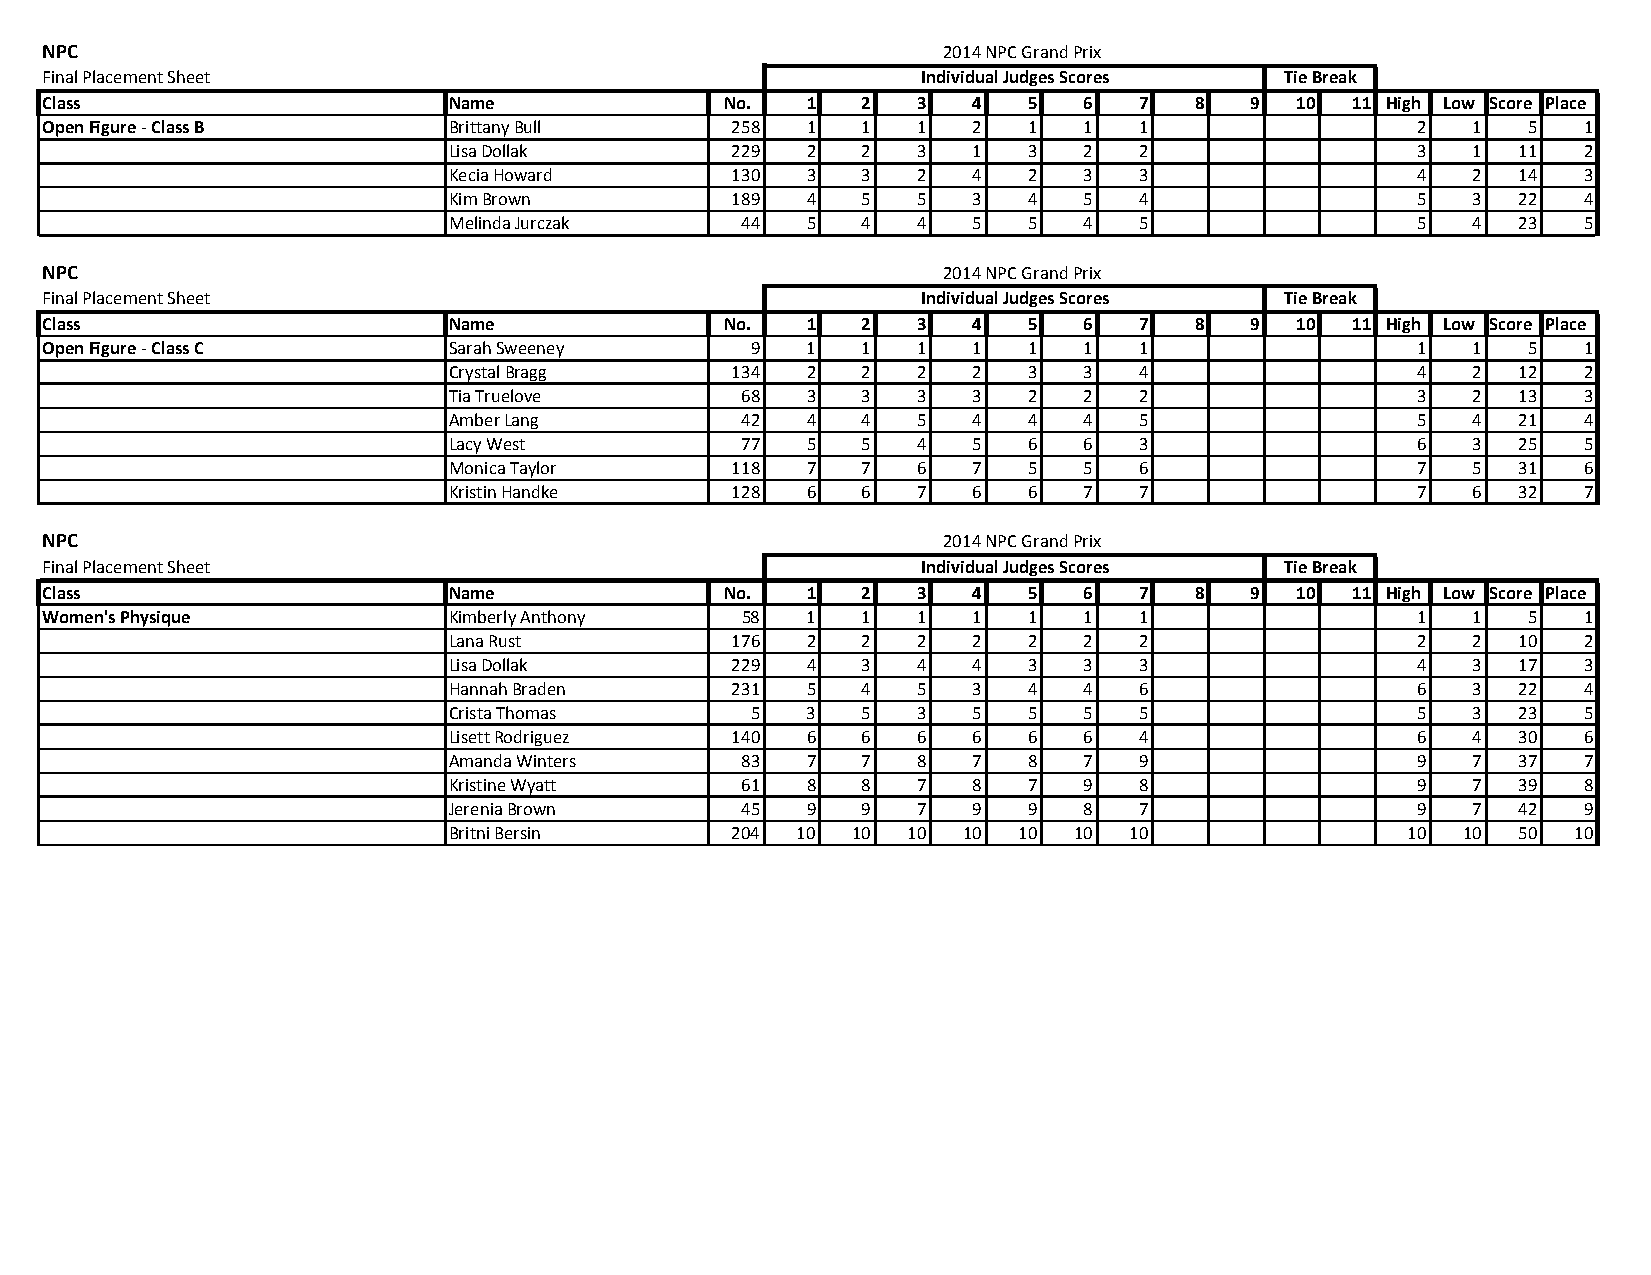
NPC                                                        2014 NPC Grand Prix
 Final Placement Sheet                                     Individual Judges Scores Tie Break
 Class                      Name              No.  1   2   3  4   5   6  7   8   9  10 11 High Low Score Place
 Open Figure ‐ Class B      Brittany Bull     258  1   1   1  2   1   1  1                  2  1   5   1
 Lisa Dollak       229  2   2   3  1   3   2  2                  3  1   11  2
 Kecia Howard      130  3   3   2  4   2   3  3                  4  2   14  3
 Kim Brown         189  4   5   5  3   4   5  4                  5  3   22  4
 Melinda Jurczak    44  5   4   4  5   5   4  5                  5  4   23  5
 NPC                                                        2014 NPC Grand Prix
 Final Placement Sheet                                     Individual Judges Scores Tie Break
 Class                      Name              No.  1   2   3  4   5   6  7   8   9  10 11 High Low Score Place
 Open Figure ‐ Class C      Sarah Sweeney       9  1   1   1  1   1   1  1                  1  1   5   1
 Crystal Bragg     134  2   2   2  2   3   3  4                  4  2   12  2
 Tia Truelove       68  3   3   3  3   2   2  2                  3  2   13  3
 Amber Lang         42  4   4   5  4   4   4  5                  5  4   21  4
 Lacy West          77  5   5   4  5   6   6  3                  6  3   25  5
 Monica Taylor     118  7   7   6  7   5   5  6                  7  5   31  6
 Kristin Handke    128  6   6   7  6   6   7  7                  7  6   32  7
 NPC                                                        2014 NPC Grand Prix
 Final Placement Sheet                                     Individual Judges Scores Tie Break
 Class                      Name              No.  1   2   3  4   5   6  7   8   9  10 11 High Low Score Place
 Women's Physique           Kimberly Anthony   58  1   1   1  1   1   1  1                  1  1   5   1
 Lana Rust         176  2   2   2  2   2   2  2                  2  2   10  2
 Lisa Dollak       229  4   3   4  4   3   3  3                  4  3   17  3
 Hannah Braden     231  5   4   5  3   4   4  6                  6  3   22  4
 Crista Thomas       5  3   5   3  5   5   5  5                  5  3   23  5
 Lisett Rodriguez  140  6   6   6  6   6   6  4                  6  4   30  6
 Amanda Winters     83  7   7   8  7   8   7  9                  9  7   37  7
 Kristine Wyatt     61  8   8   7  8   7   9  8                  9  7   39  8
 Jerenia Brown      45  9   9   7  9   9   8  7                  9  7   42  9
 Britni Bersin     204  10 10  10  10 10  10  10                10  10  50 10